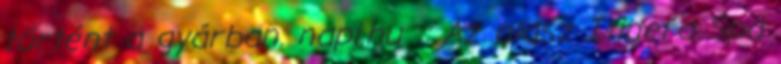
történt a gyárban. napi.hu :: Az olasz Itinera Spa